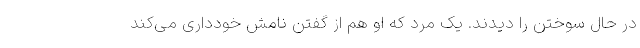
در حال سوختن را دیدند. یک مرد که او هم از گفتن نامش خودداری می‌کند